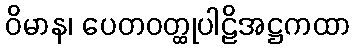
ဝိမာန၊ ပေတဝတ္ထုပါဠိအဋ္ဌကထာ